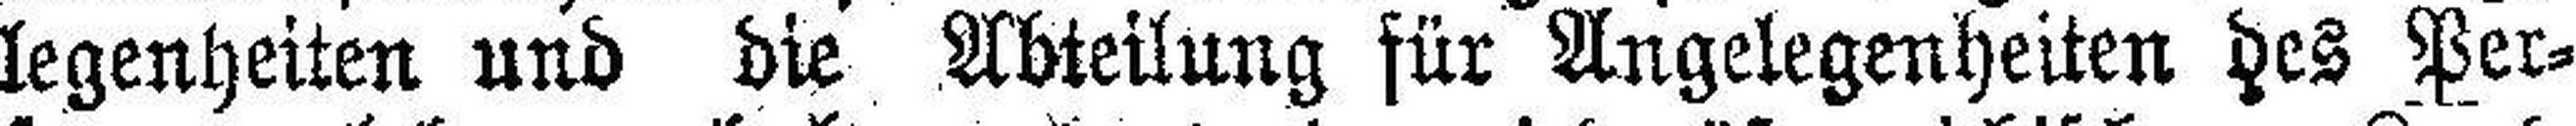
legenheiten und die Abteilung für Angelegenheiten des Per¬